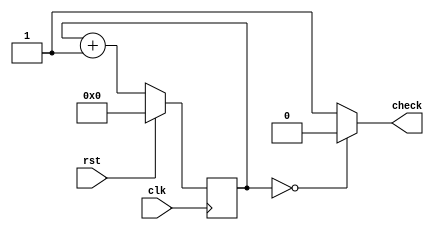
module fastblinker_8 (
    input clk,
    input rst,
    output reg check
  );
  
  
  
  reg [24:0] M_counter_d, M_counter_q = 1'h0;
  
  always @* begin
    M_counter_d = M_counter_q;
    
    check = 1'h1;
    if (M_counter_q == 1'h0) begin
      check = 1'h0;
    end
    M_counter_d = M_counter_q + 1'h1;
  end
  
  always @(posedge clk) begin
    if (rst == 1'b1) begin
      M_counter_q <= 1'h0;
    end else begin
      M_counter_q <= M_counter_d;
    end
  end
  
endmodule